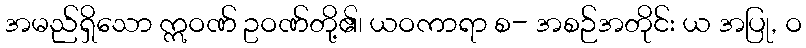
အမည်ရှိသော ဣဝဏ် ဥဝဏ်တို့၏၊ ယဝကာရာ စ- အစဉ်အတိုင်း ယ အပြု, ဝ